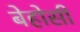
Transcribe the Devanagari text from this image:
बेहोसी